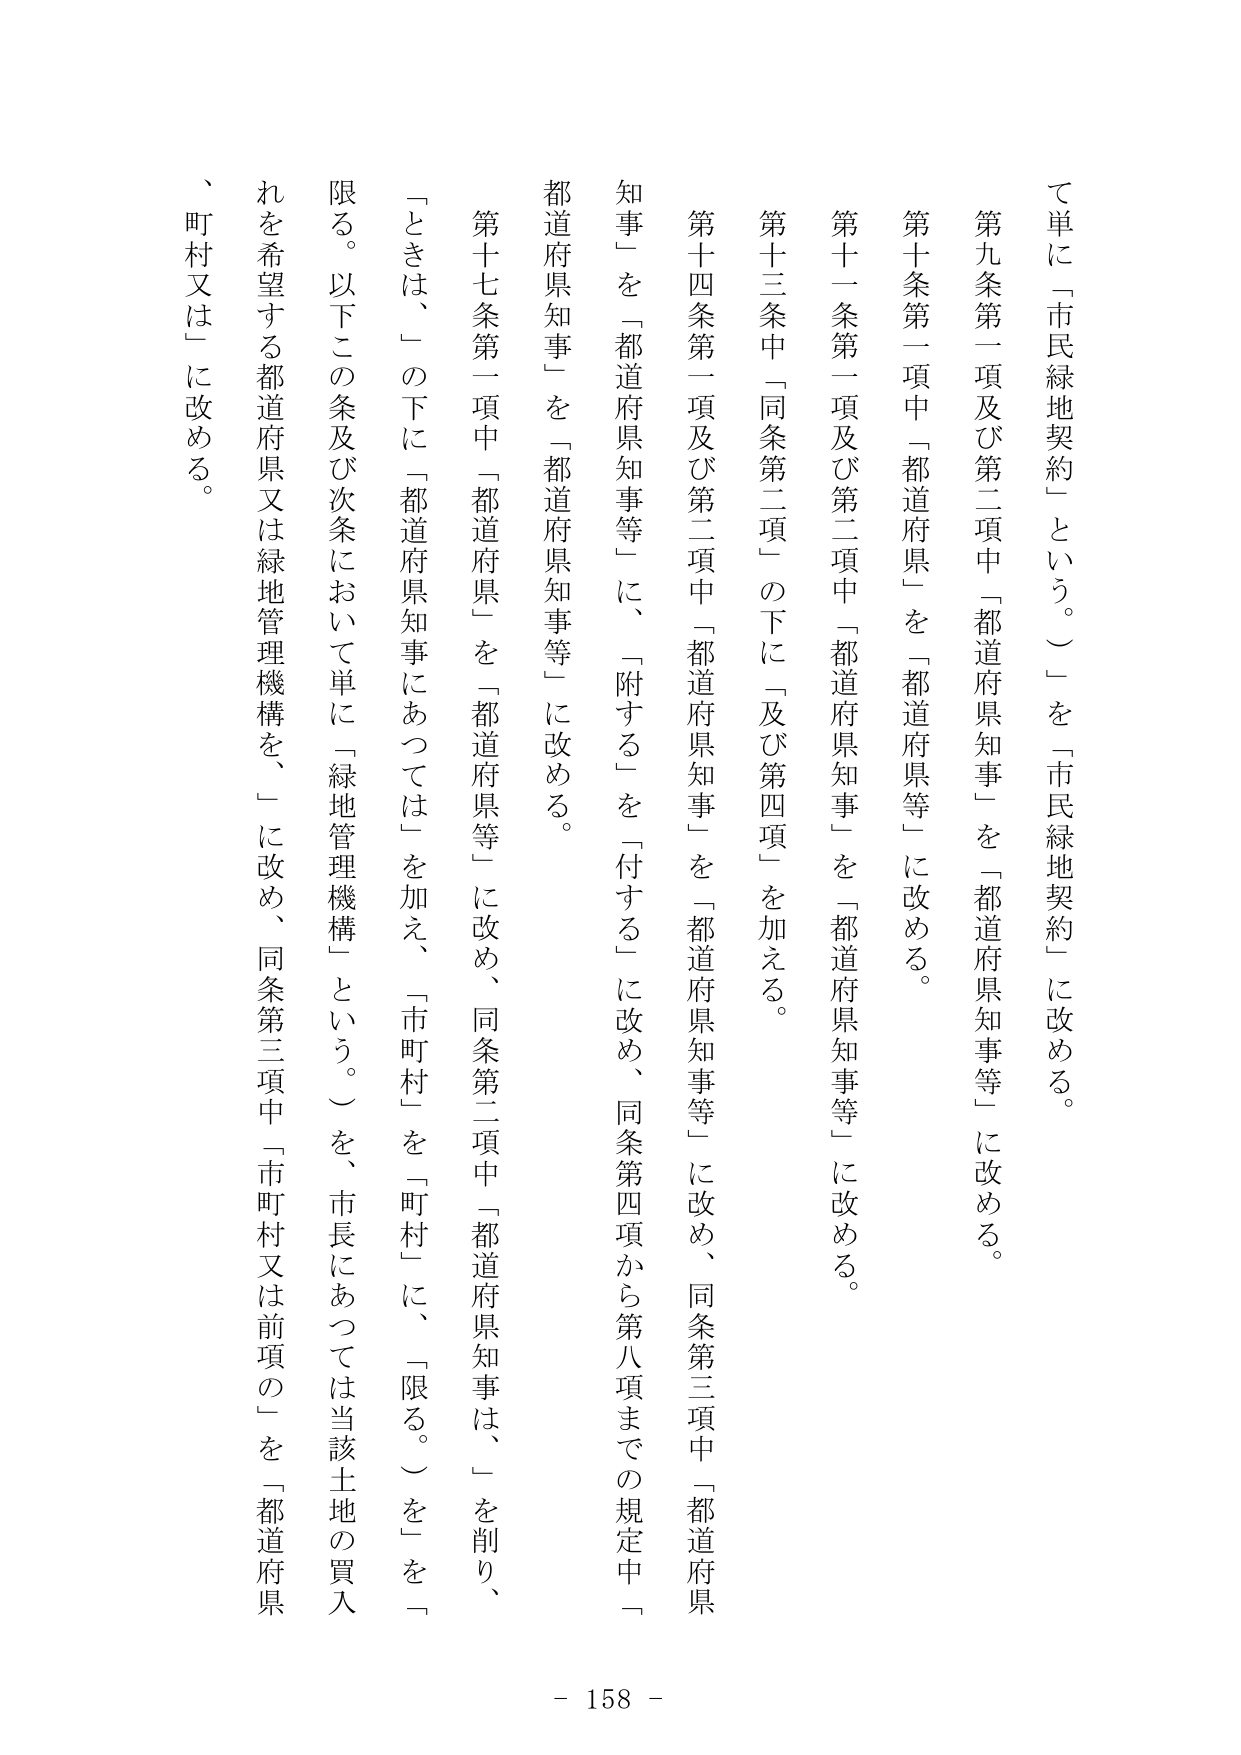
て単に「市民緑地契約」という。）」を「市民緑地契約」に改める。

第九条第一項及び第二項中「都道府県知事」を「都道府県知事等」に改める。

第十条第一項中「都道府県」を「都道府県等」に改める。

第十一条第一項及び第二項中「都道府県知事」を「都道府県知事等」に改める。

第十三条中「同条第二項」の下に「及び第四項」を加える。

第十四条第一項及び第二項中「都道府県知事」を「都道府県知事等」に改め、同条第三項中「都道府県知事」を「都道府県知事等」に、 「附する」を「付する」に改め、同条第四項から第八項までの規定中「都道府県知事」を「都道府県知事等」に改める。

第十七条第一項中「都道府県」を「都道府県等」に改め、同条第二項中「都道府県知事は、」を削り、「ときは、」の下に「都道府県知事にあつては」を加え、「市町村」を「町村」に、「限る。」を「限る。以下この条及び次条において単に「緑地管理機構」という。）を、市長にあつては当該土地の買入れを希望する都道府県又は緑地管理機構を、」に改め、同条第三項中「市町村又は前項の」を「都道府県、町村又は」に改める。

- 158 -